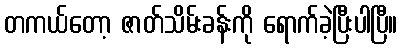
တကယ်တော့ ဇာတ်သိမ်းခန်းကို ရောက်ခဲ့ပြီးပါပြီ။